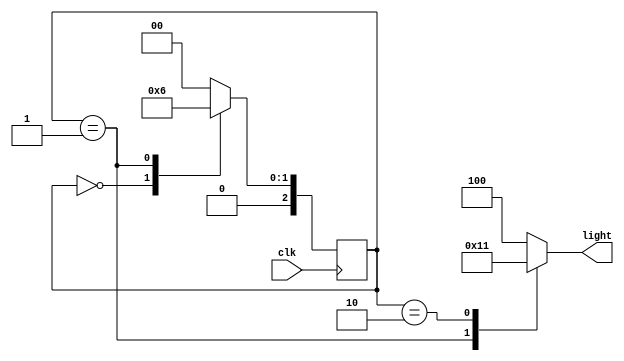
module RGY (clk, light);
input clk; 
output reg [2:0] light;
reg [2:0] state;
parameter s0 = 0, s1 = 1, s2 = 2;
parameter RED = 3'b100, GREEN = 3'b010, YELLOW = 3'b001;

always @(posedge clk) 
    case (state)
    s0 :  state <= s1; 
    s1 :  state <= s2; 
    s2 :  state <= s0; 
    default :  state <= s0; 
    endcase

always @(state)
case (state)
s0 : light = RED;
s1 : light = GREEN;
s2 : light = YELLOW;
default : light = RED;
endcase
    
endmodule